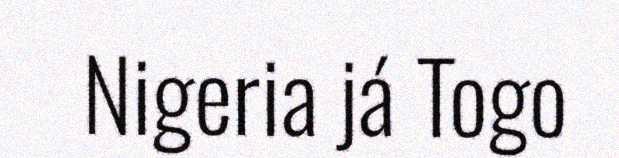
Nigeria já Togo